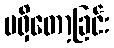
မရှိတော့ခြင်း